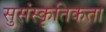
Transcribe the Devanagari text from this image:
सुसंस्कृतिकता